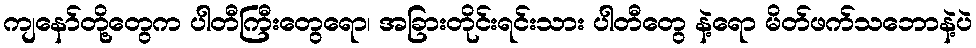
ကျနော်တို့တွေက ပါတီကြီးတွေရော၊ အခြားတိုင်းရင်းသား ပါတီတွေ နဲ့ရော မိတ်ဖက်သဘောနဲ့ပဲ